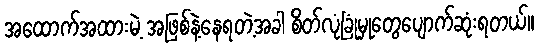
အထောက်အထားမဲ့ အဖြစ်နဲ့နေရတဲ့အခါ စိတ်လုံခြုံမှုတွေပျောက်ဆုံးရတယ်။